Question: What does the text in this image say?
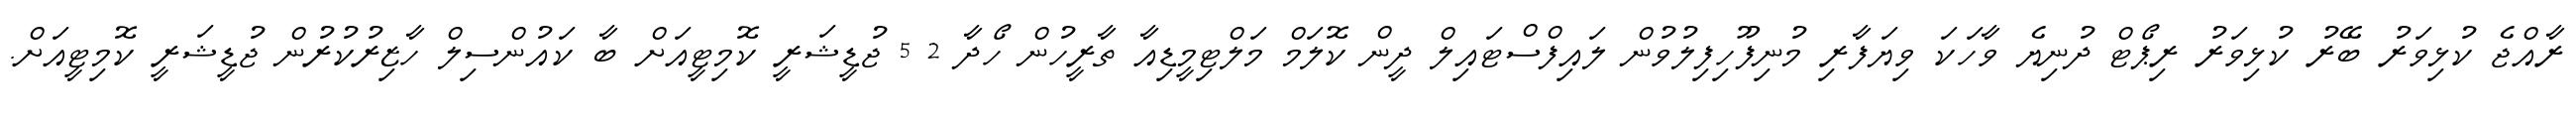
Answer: ރާއްޖެ ކުޅިވަރު ބޭރު ކުޅިވަރު ރިޕޯޓް ދުނިޔެ ވާހަކަ ވިޔަފާރި މުނިފޫހިފިލުވުން ލައިފްސްޓައިލް ދީން ކޮލަމް މަލްޓިމީޑިއާ ތާރީހުން ހޯދާ 2 5 ޖުޑީޝަރީ ކޮމިޓީއަށް ބާ ކައުންސިލް ހާޒިރުކުރުން ޖުޑީޝަރީ ކޮމިޓީއަށް.